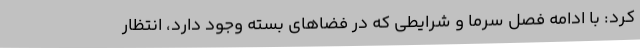
کرد: با ادامه فصل سرما و شرایطی که در فضاهای بسته وجود دارد، انتظار